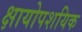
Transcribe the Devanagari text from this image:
क्षायोपशयिक